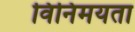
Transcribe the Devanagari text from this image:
विनिमयता